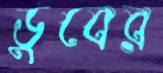
ডুবের